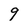
Character: 9